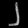
Digit: ၂